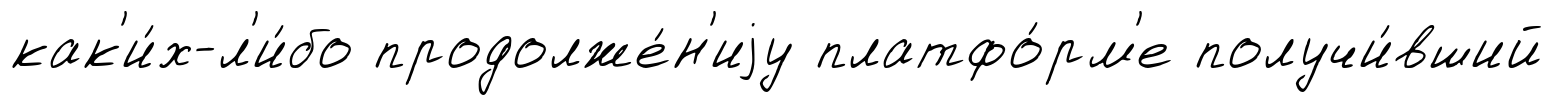
как'и́х-л'и́бо продолже́н'иjу платфо́рм'е получи́вший